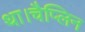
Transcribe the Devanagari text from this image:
था।चैप्लिन